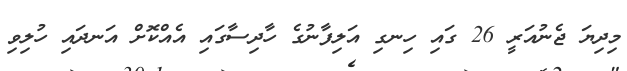
މިިދިޔަ ޖެނުއަރީ 26 ގައި ހިނގި އަލިފާނުގެ ހާދިސާގައި އެއްކޮށް އަނދައި ހުލިވި